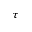
\tau